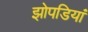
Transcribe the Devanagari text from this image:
झोपडियां